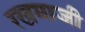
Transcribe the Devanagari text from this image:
रखमाजी